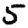
Digit: 5